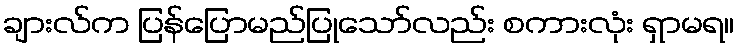
ချားလ်က ပြန်ပြောမည်ပြုသော်လည်း စကားလုံး ရှာမရ။